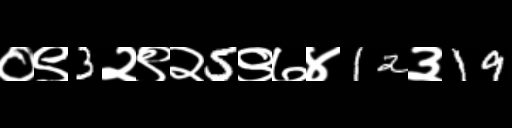
Text: ०९3२९२5९७४12३19